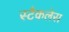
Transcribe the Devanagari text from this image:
स्टैकलेस